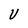
Character: U